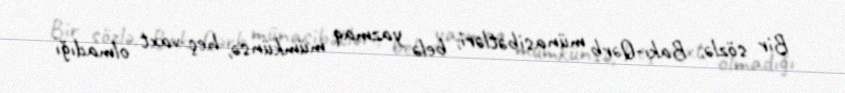
Bir sözlə, Bakı-Qərb münasibətləri, belə yazmaq mümkünsə, heç vaxt olmadığı